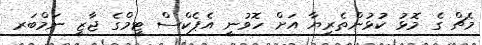
މެޗް ގެ މޮޅު ކުޅުންތެރިޔާ އަށް ހޮވުނީ އެޕެކްސް ޓީމްގެ ޖާޒީ ނަމްބަރ